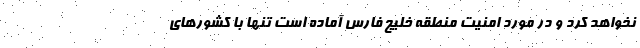
نخواهد کرد و در مورد امنیت منطقه خلیج فارس آماده است تنها با کشورهای